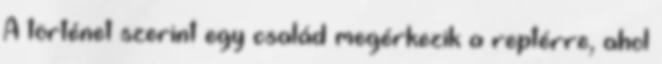
A történet szerint egy család megérkezik a reptérre, ahol